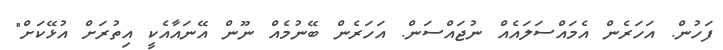
ފަހުން. އަހަރެން އެމައްސަލައެއް ނުޖައްސަން. އަހަރެން ބޭނުމެއް ނޫން އޭނައާއެކީ އިތުރަށް އުޅޭކަށް"